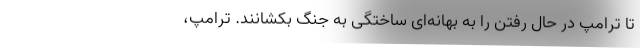
تا ترامپ در حال رفتن را به بهانه‌ای ساختگی به جنگ بکشانند. ترامپ،